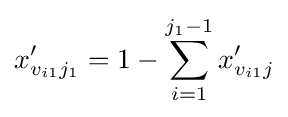
x'_{v_{i1}j_{1}}=1-\sum _{i=1}^{j_{1}-1}x'_{v_{i1}j}